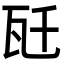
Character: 瓩